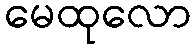
မေထုလော